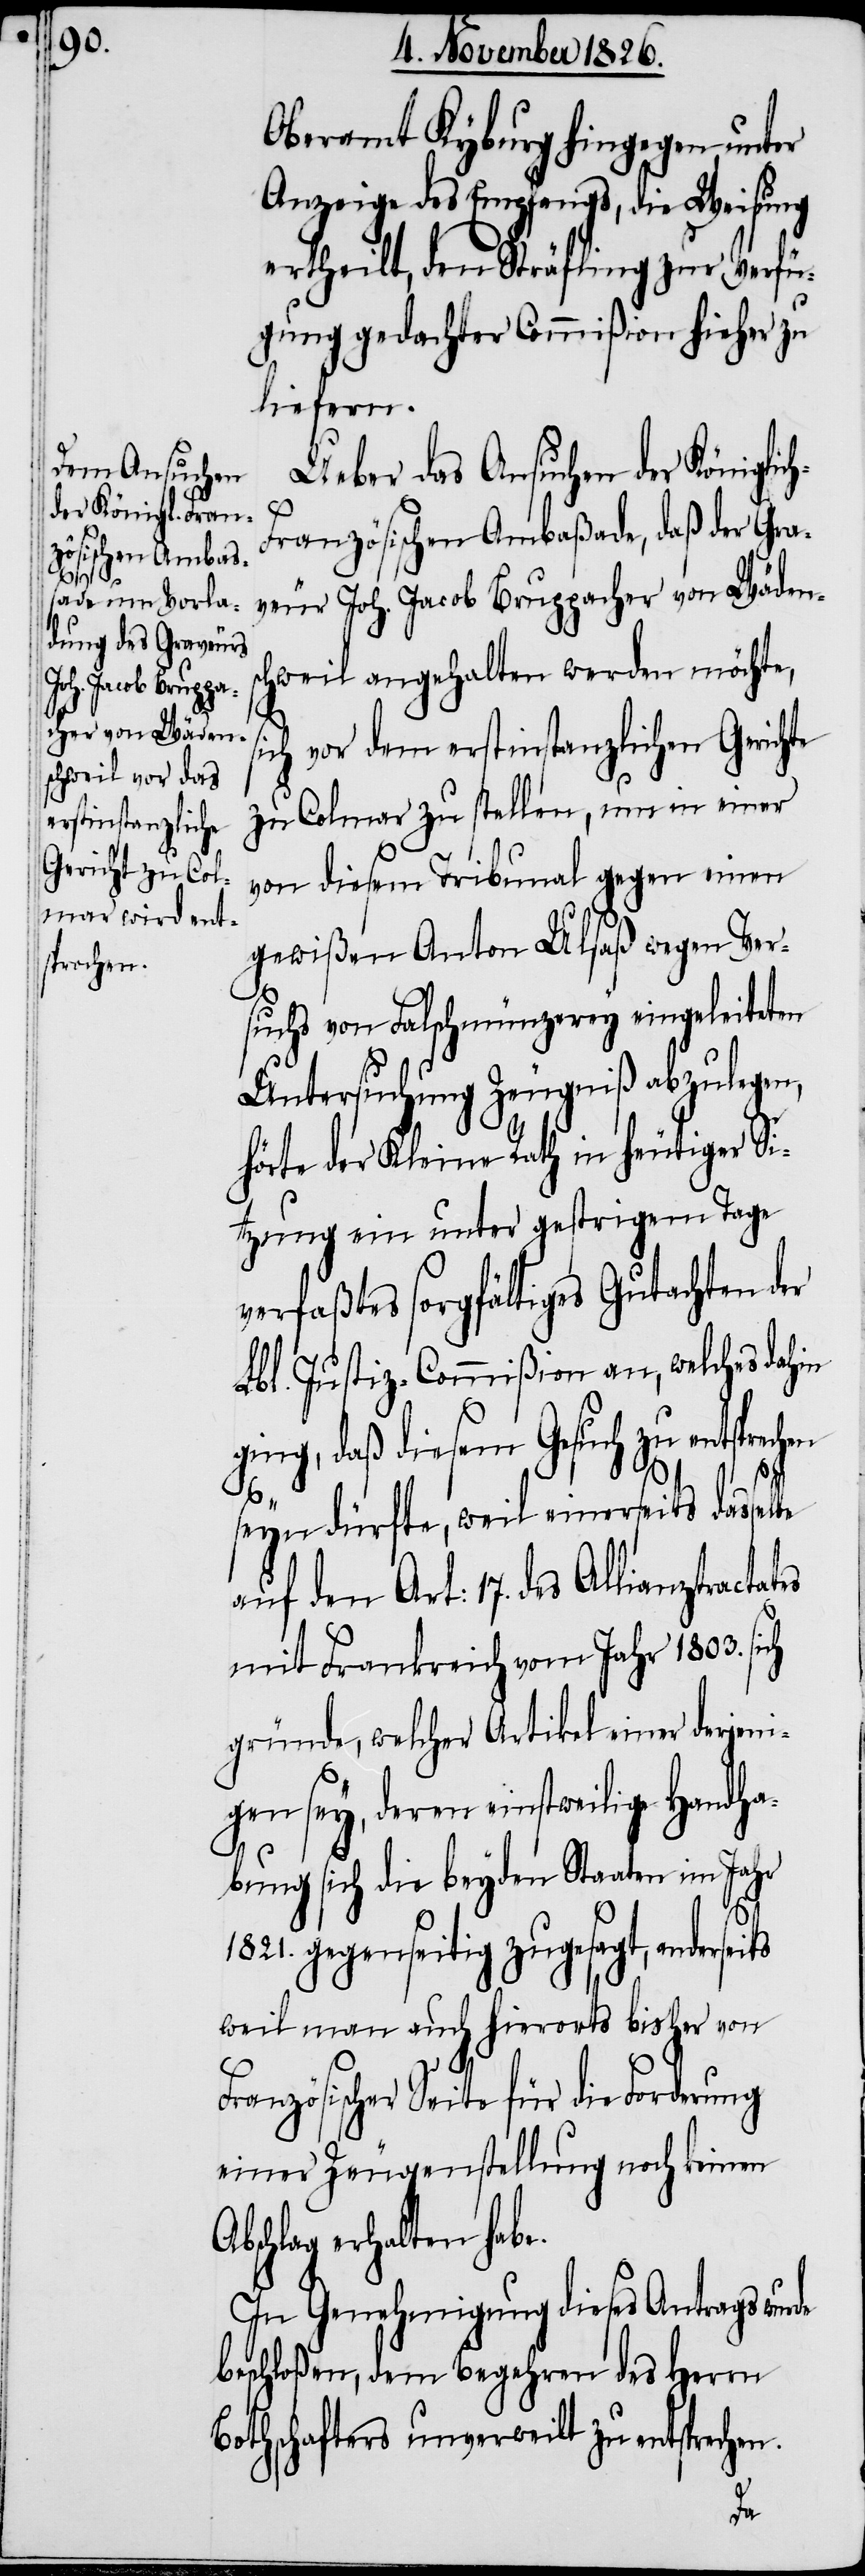
ts
sprechen

Oberamt Kyburg hingegen unter
Anzeige des Empfangs, die Weisung
ertheilt, den Sträfling zur Verfü¬
gung gedachter Commißion hieher zu
liefern.
Ueber das Ansuchen der Königlic¬
ranzösischen Ambaßade, daß der Gra¬
veur Joh. Jacob Bruppacher von Wädens¬
chweil angehalten werden möchte,
ich vor dem erstinstanzlichen Gerichte
zu Colmar zu stellen, um in einer
von diesem Tribunal gegen einen
gewißen Anton Ulsaß wegen Ver¬
s¬
suchs von Falschmünzerey eingeleiteten
Untersuchung Zeugniß abzulegen,
hörte der Kleine Rath in heutiger Si¬
tzung ein unter gestrigem Tage
verfaßtes sorgfältiges Gutachten der
Lbl. Justiz-Commißion an, welches dahin
ng, daß diesem Gesuch zu ent¬
seyn dürfte, weil einerseits dasselbe
auf den Art: 17. des Allianztractat¬
mit Frankreich vom Jahr 1803. sich
gründe, welcher Artikel einer derjeni¬
gen sey, deren einstweilige Handha¬
bung sich die beyden Staaten im Jahr
1821. gegenseitig zugesagt, andersei¬
weil man auch hierorts bisher von
Französischer Seite für die Forderung
einer Zeugenstellung noch keinen
Abschlag erhalten habe.
In Genehmigung dieses Antrags wur¬
beschloßen, dem Begehren des Herrn
Botschafters unverweilt zu entsprechen.
de